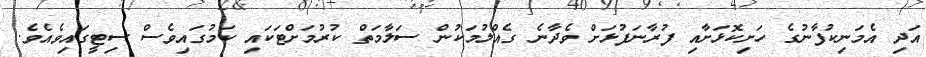
އަދި އެމަނިކުފާނުގެ ހަށިކޮޅަށާއި ފުރާނަފުޅަށް ވެދާނެ ގެއްލުމަކުން ސަލާމަތް ކުރުމަށްޓަކައި ކަމުގައިވެސް ސިޓީގައިވެއެވެ.